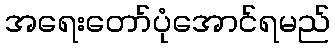
အရေးတော်ပုံအောင်ရမည်